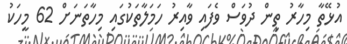
އުޅޭތާ މިހާރު ތިން ދުވަސް ވެފައި ވާއިރު ހަމަލާތަކުގައި މިހާތަނަށް 62 މީހަކު